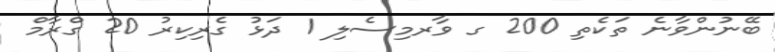
ބޭނުންވާނެ ތަކެތި 200 ގ ވާރމިސެލި 1 ދަޅު ގެރިކިރު 20 ގްރާމް